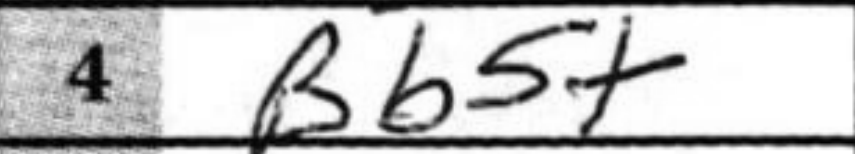
Transcription: Bb5+